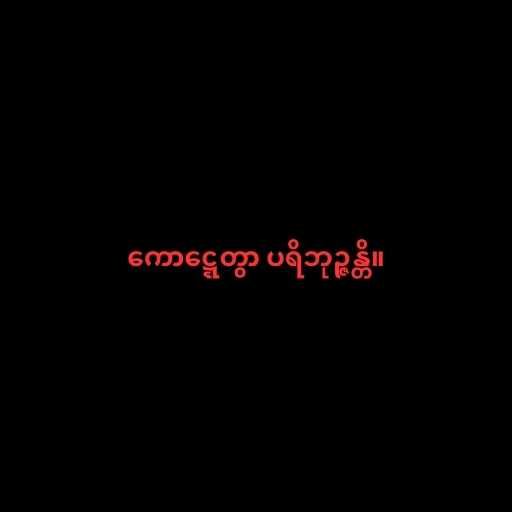
ကောဋ္ဋေတွာ ပရိဘုဉ္ဇန္တိ။